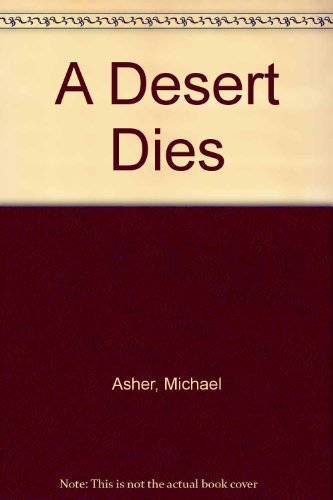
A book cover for A Desert Dies; Michael Asher; Travel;